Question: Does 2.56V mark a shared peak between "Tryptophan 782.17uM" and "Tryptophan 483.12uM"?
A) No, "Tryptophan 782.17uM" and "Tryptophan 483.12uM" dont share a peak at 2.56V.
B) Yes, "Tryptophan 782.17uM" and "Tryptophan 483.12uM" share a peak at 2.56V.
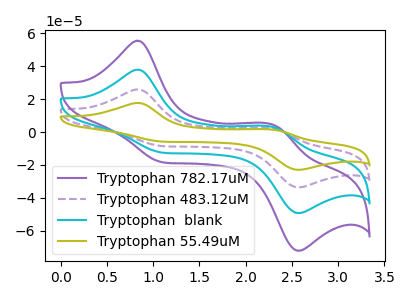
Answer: <think>The purple curve "Tryptophan 782.17uM" has anodic peaks at (0.85V, 55.40uA) (2.30V, 4.60uA) and cathodic peaks at (1.10V, -18.60uA) (2.55V, -72.05uA). The purple dashed curve "Tryptophan 483.12uM" has anodic peaks at (0.85V, 75.65uA) (2.30V, 6.30uA) and cathodic peaks at (1.10V, -25.40uA) (2.55V, -98.45uA). The cyan curve "Tryptophan  blank" has anodic peaks at (0.85V, 37.85uA) (2.30V, 3.15uA) and cathodic peaks at (1.10V, -12.70uA) (2.55V, -49.20uA). The olive curve "Tryptophan 55.49uM" has anodic peaks at (0.85V, 113.50uA) (2.30V, 9.45uA) and cathodic peaks at (1.10V, -38.10uA) (2.55V, -147.65uA).</think>
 <answer>B) Yes, "Tryptophan 782.17uM" and "Tryptophan 483.12uM" share a peak at 2.56V.</answer>
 <eval>B</eval>